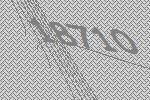
18710